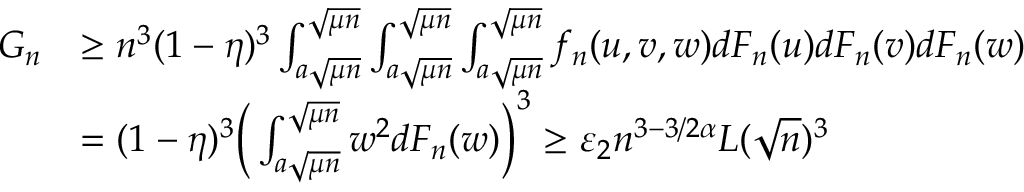
\begin{array} { r l } { G _ { n } } & { \geq n ^ { 3 } ( 1 - \eta ) ^ { 3 } \int _ { a \sqrt { \mu n } } ^ { \sqrt { \mu n } } \int _ { a \sqrt { \mu n } } ^ { \sqrt { \mu n } } \int _ { a \sqrt { \mu n } } ^ { \sqrt { \mu n } } f _ { n } ( u , v , w ) d F _ { n } ( u ) d F _ { n } ( v ) d F _ { n } ( w ) } \\ & { = ( 1 - \eta ) ^ { 3 } \Big ( \int _ { a \sqrt { \mu n } } ^ { \sqrt { \mu n } } w ^ { 2 } d F _ { n } ( w ) \Big ) ^ { 3 } \geq \varepsilon _ { 2 } n ^ { 3 - 3 / 2 \alpha } L ( \sqrt { n } ) ^ { 3 } } \end{array}